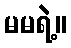
မမရဲ့။